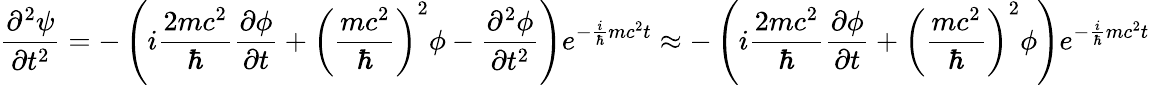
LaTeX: {\frac{\partial^{2}\psi}{\partial t^{2}}}=-\left(i{\frac{2mc^{2}}{\hbar}}{\frac{\partial\phi}{\partial t}}+\left({\frac{mc^{2}}{\hbar}}\right)^{2}\phi-{\frac{\partial^{2}\phi}{\partial t^{2}}}\right)e^{-{\frac{i}{\hbar}}mc^{2}t}\approx-\left(i{\frac{2mc^{2}}{\hbar}}{\frac{\partial\phi}{\partial t}}+\left({\frac{mc^{2}}{\hbar}}\right)^{2}\phi\right)e^{-{\frac{i}{\hbar}}mc^{2}t}